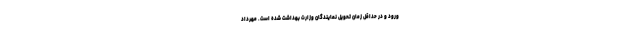
ورود و در حداقل زمان تحویل نمایندگان وزارت بهداشت شده است. مهرداد